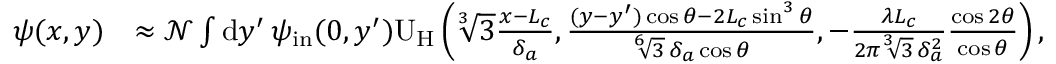
\begin{array} { r l } { \psi ( x , y ) } & { \approx \mathcal { N } \int \mathrm { d } y ^ { \prime } \, \psi _ { \mathrm { i n } } ( 0 , y ^ { \prime } ) \mathrm { U } _ { \mathrm { H } } \left( \sqrt [ 3 ] { 3 } \frac { x - L _ { c } } { \delta _ { a } } , \frac { ( y - y ^ { \prime } ) \cos \theta - 2 L _ { c } \sin ^ { 3 } \theta } { \sqrt [ 6 ] { 3 } \, \delta _ { a } \cos \theta } , - \frac { \lambda L _ { c } } { 2 \pi \sqrt [ 3 ] { 3 } \, \delta _ { a } ^ { 2 } } \frac { \cos 2 \theta } { \cos \theta } \right) , } \end{array}